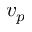
v _ { p }